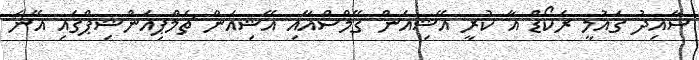
ސާއިދު ގައުމީ ރެކޯޑް އާ ކުރީ އޭޝިއަން ގޭމްސްއާއި އޭޝިއަން ޗެމްޕިއަންޝިޕްގައި އޭނަ